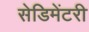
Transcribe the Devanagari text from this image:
सेडिमेंटरी